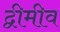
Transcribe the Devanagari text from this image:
द्वीमीव